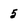
Character: 5